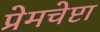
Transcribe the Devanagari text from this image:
प्रेमचेष्टा